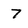
Character: 7